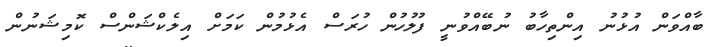
ބާއްވަން އުޅުނު އިންތިހާބު ނުބޭއްވުނީ ފުލުހުން ހުރަސް އެޅުމުން ކަމަށް އިލެކްޝަންސް ކޮމިޝަނުން